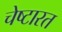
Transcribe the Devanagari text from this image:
चेष्टारत